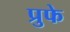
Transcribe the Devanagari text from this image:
प्रुफे